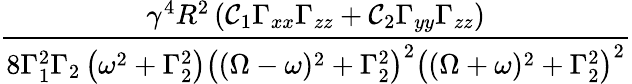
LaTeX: \frac{\gamma^{4}R^{2}\left(\mathcal C_{1}\Gamma_{xx}\Gamma_{zz}+\mathcal C_{2}\Gamma_{yy}\Gamma_{zz}\right)}{8\Gamma_{1}^{2}\Gamma_{2}\left(\omega^{2}+\Gamma_{2}^{2}\right)\left((\Omega-\omega)^{2}+\Gamma_{2}^{2}\right)^{2}\left((\Omega+\omega)^{2}+\Gamma_{2}^{2}\right)^{2}}